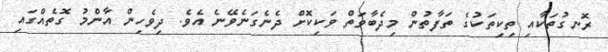
ރޮނގުތަކާއި ތިކިތަކުގެ ތަފާތުން މިދެބާވަތް ވަކިކޮށް ދެނެގަނެވޭނެ އެވެ. ދިވެހިން އާންމު ގޮތެއްގައި